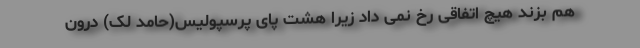
هم بزند هیچ اتفاقی رخ نمی داد زیرا هشت پای پرسپولیس(حامد لک) درون